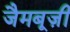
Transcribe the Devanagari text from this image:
जैमबूज़ी